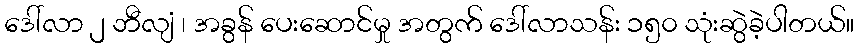
ဒေါ်လာ ၂ ဘီလျံ ၊ အခွန် ပေးဆောင်မှု အတွက် ဒေါ်လာသန်း ၁၅၀ သုံးဆွဲခဲ့ပါတယ်။